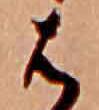
は